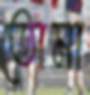
তোমা